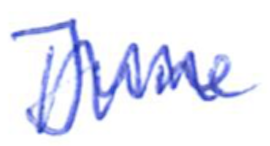
Text: June
Cross-out: zig-zag
Writing tool: ballpoint